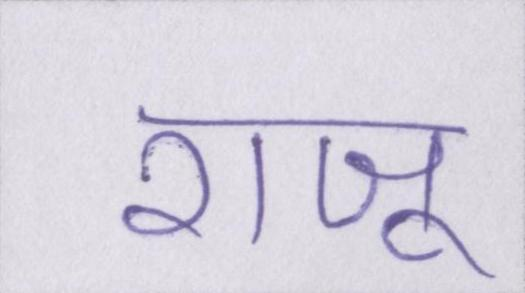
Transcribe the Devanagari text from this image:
राजू